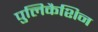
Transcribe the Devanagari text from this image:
पुलिकैशिन